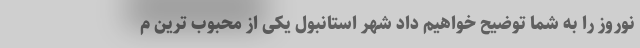
نوروز را به شما توضیح خواهیم داد شهر استانبول یکی از محبوب ترین م